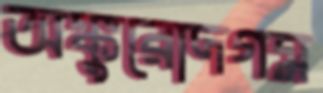
অঙ্কুরোদগম